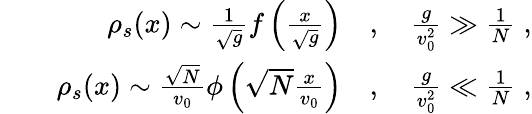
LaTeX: \begin{array}{rlr}&{}&{\rho_{s}(x)\sim\frac{1}{\sqrt{g}}f\left(\frac{x}{\sqrt{g}}\right)\quad,\quad\frac{g}{v_{0}^{2}}\gg\frac{1}{N}\; ,}\\ &{}&{\rho_{s}(x)\sim\frac{\sqrt{N}}{v_{0}}\phi\left(\sqrt{N}\frac{x}{v_{0}}\right)\quad,\quad\frac{g}{v_{0}^{2}}\ll\frac{1}{N}\; ,}\end{array}